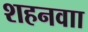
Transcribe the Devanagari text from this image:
शहनवाा